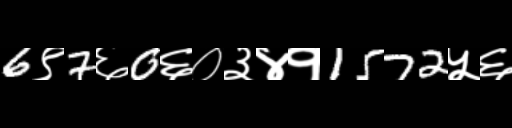
Text: 6९7६0६०३४१1572५६